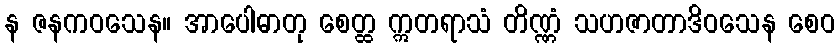
န ဇနကဝသေန။ အာပေါဓာတု စေတ္ထ ဣတရာသံ တိဏ္ဏံ သဟဇာတာဒိဝသေန စေဝ